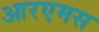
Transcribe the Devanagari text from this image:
आरएमस